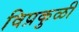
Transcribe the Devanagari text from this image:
विप्रकुळी